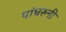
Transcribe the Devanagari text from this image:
पांघरुनी